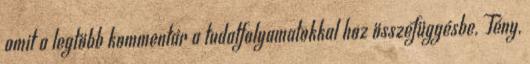
amit a legtöbb kommentár a tudatfolyamatokkal hoz összefüggésbe. Tény,